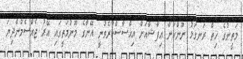
މަތީނުގެ ހިތް ރަނގަޅު ނޫންކަން އިފާޝާއަށް އިޙްސާސްކުރެވުނީ އޭނާގެ މޫނުމަތީގައި އޭރު ޖެއްސެމުންދިޔަ